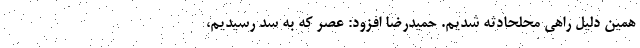
همین دلیل راهی محلحادثه شدیم. حمیدرضا افزود: عصر که به سد رسیدیم،